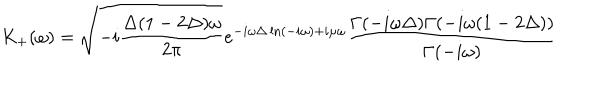
K _ { + } ( \omega ) = \sqrt { - i \frac { \Delta ( 1 - 2 \Delta ) \omega } { 2 \pi } } e ^ { - i \omega \Delta \ln ( - i \omega ) + i \mu \omega } \frac { \Gamma ( - i \omega \Delta ) \Gamma ( - i \omega ( 1 - 2 \Delta ) ) } { \Gamma ( - i \omega ) }